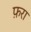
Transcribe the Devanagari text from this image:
फ़रा